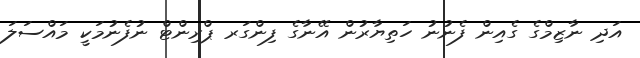
އަދި ނާޒިމްގެ ގެއިން ފެނުނު ހަތިޔާރުން އޭނާގެ ފިންގަރ ޕްރިންޓް ނުފެނުމަކީ މައްސަލަ